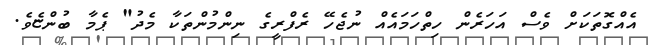
އެއްގޮތަކަށް ވެސް އަހަރެން ހިތްހަމައެއް ނުޖެހޭ ރެފްރީގެ ނިންމުންތަކާ މެދު" ޕެމާ ބުންޏެވެ.